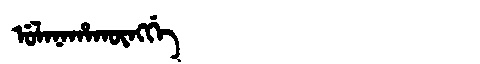
Manchu: ᡠᠯᠠᠨᠠᡥᠠᡴᡡᠩᡤᡝ
Romanization: ULANAHAKŪNGGE